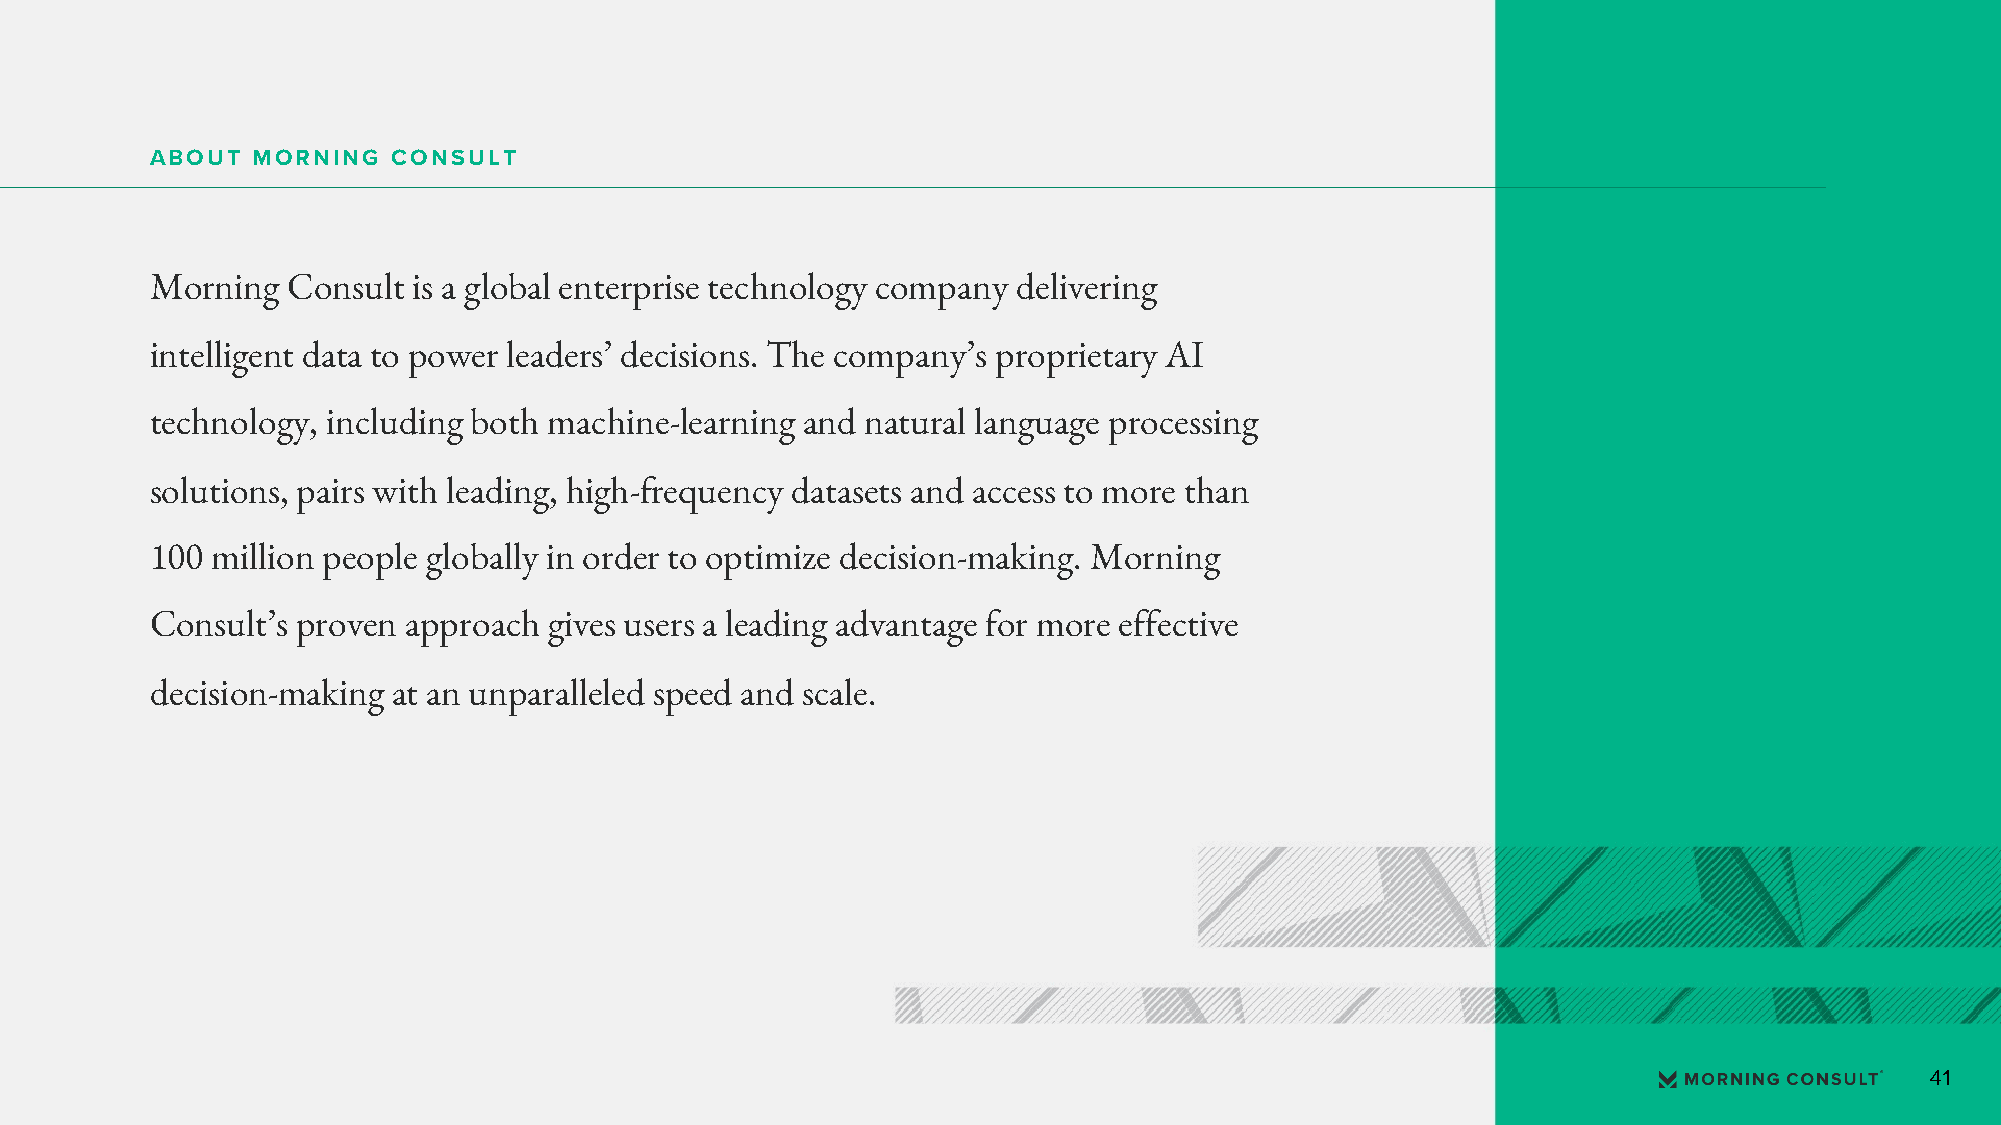
ABOUT  MORNING  CONSULT
 Morning  Consult is a global enterprise technology company delivering
 intelligent data to power leaders’ decisions. The company’s proprietary AI
 technology, including both machine-learning and natural language processing
 solutions, pairs with leading, high-frequency datasets and access to more than
 100 million people globally in order to optimize decision-making. Morning
 Consult’s proven approach gives users a leading advantage for more effective
 decision-making at an unparalleled speed and scale.
 41